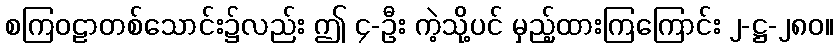
စကြဝဠာတစ်သောင်း၌လည်း ဤ ၄-ဦး ကဲ့သို့ပင် မှည့်ထားကြကြောင်း ၂-ဋ္ဌ-၂၈၀။